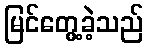
မြင်တွေ့ခဲ့သည်